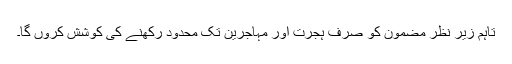
تاہم زیر نظر مضمون کو صرف ہجرت اور مہاجرین تک محدود رکھنے کی کوشش کروں گا۔